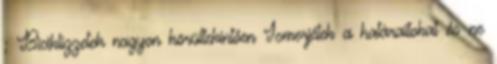
; Biciklizzetek nagyon körültekintően Ismerjétek a határaitokat és ne